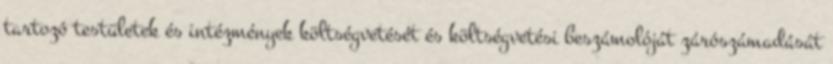
tartozó testületek és intézmények költségvetését és költségvetési beszámolóját zárószámadását